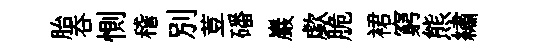
胎呑惻稽别荳磻巖歔脆裙窮熊繡